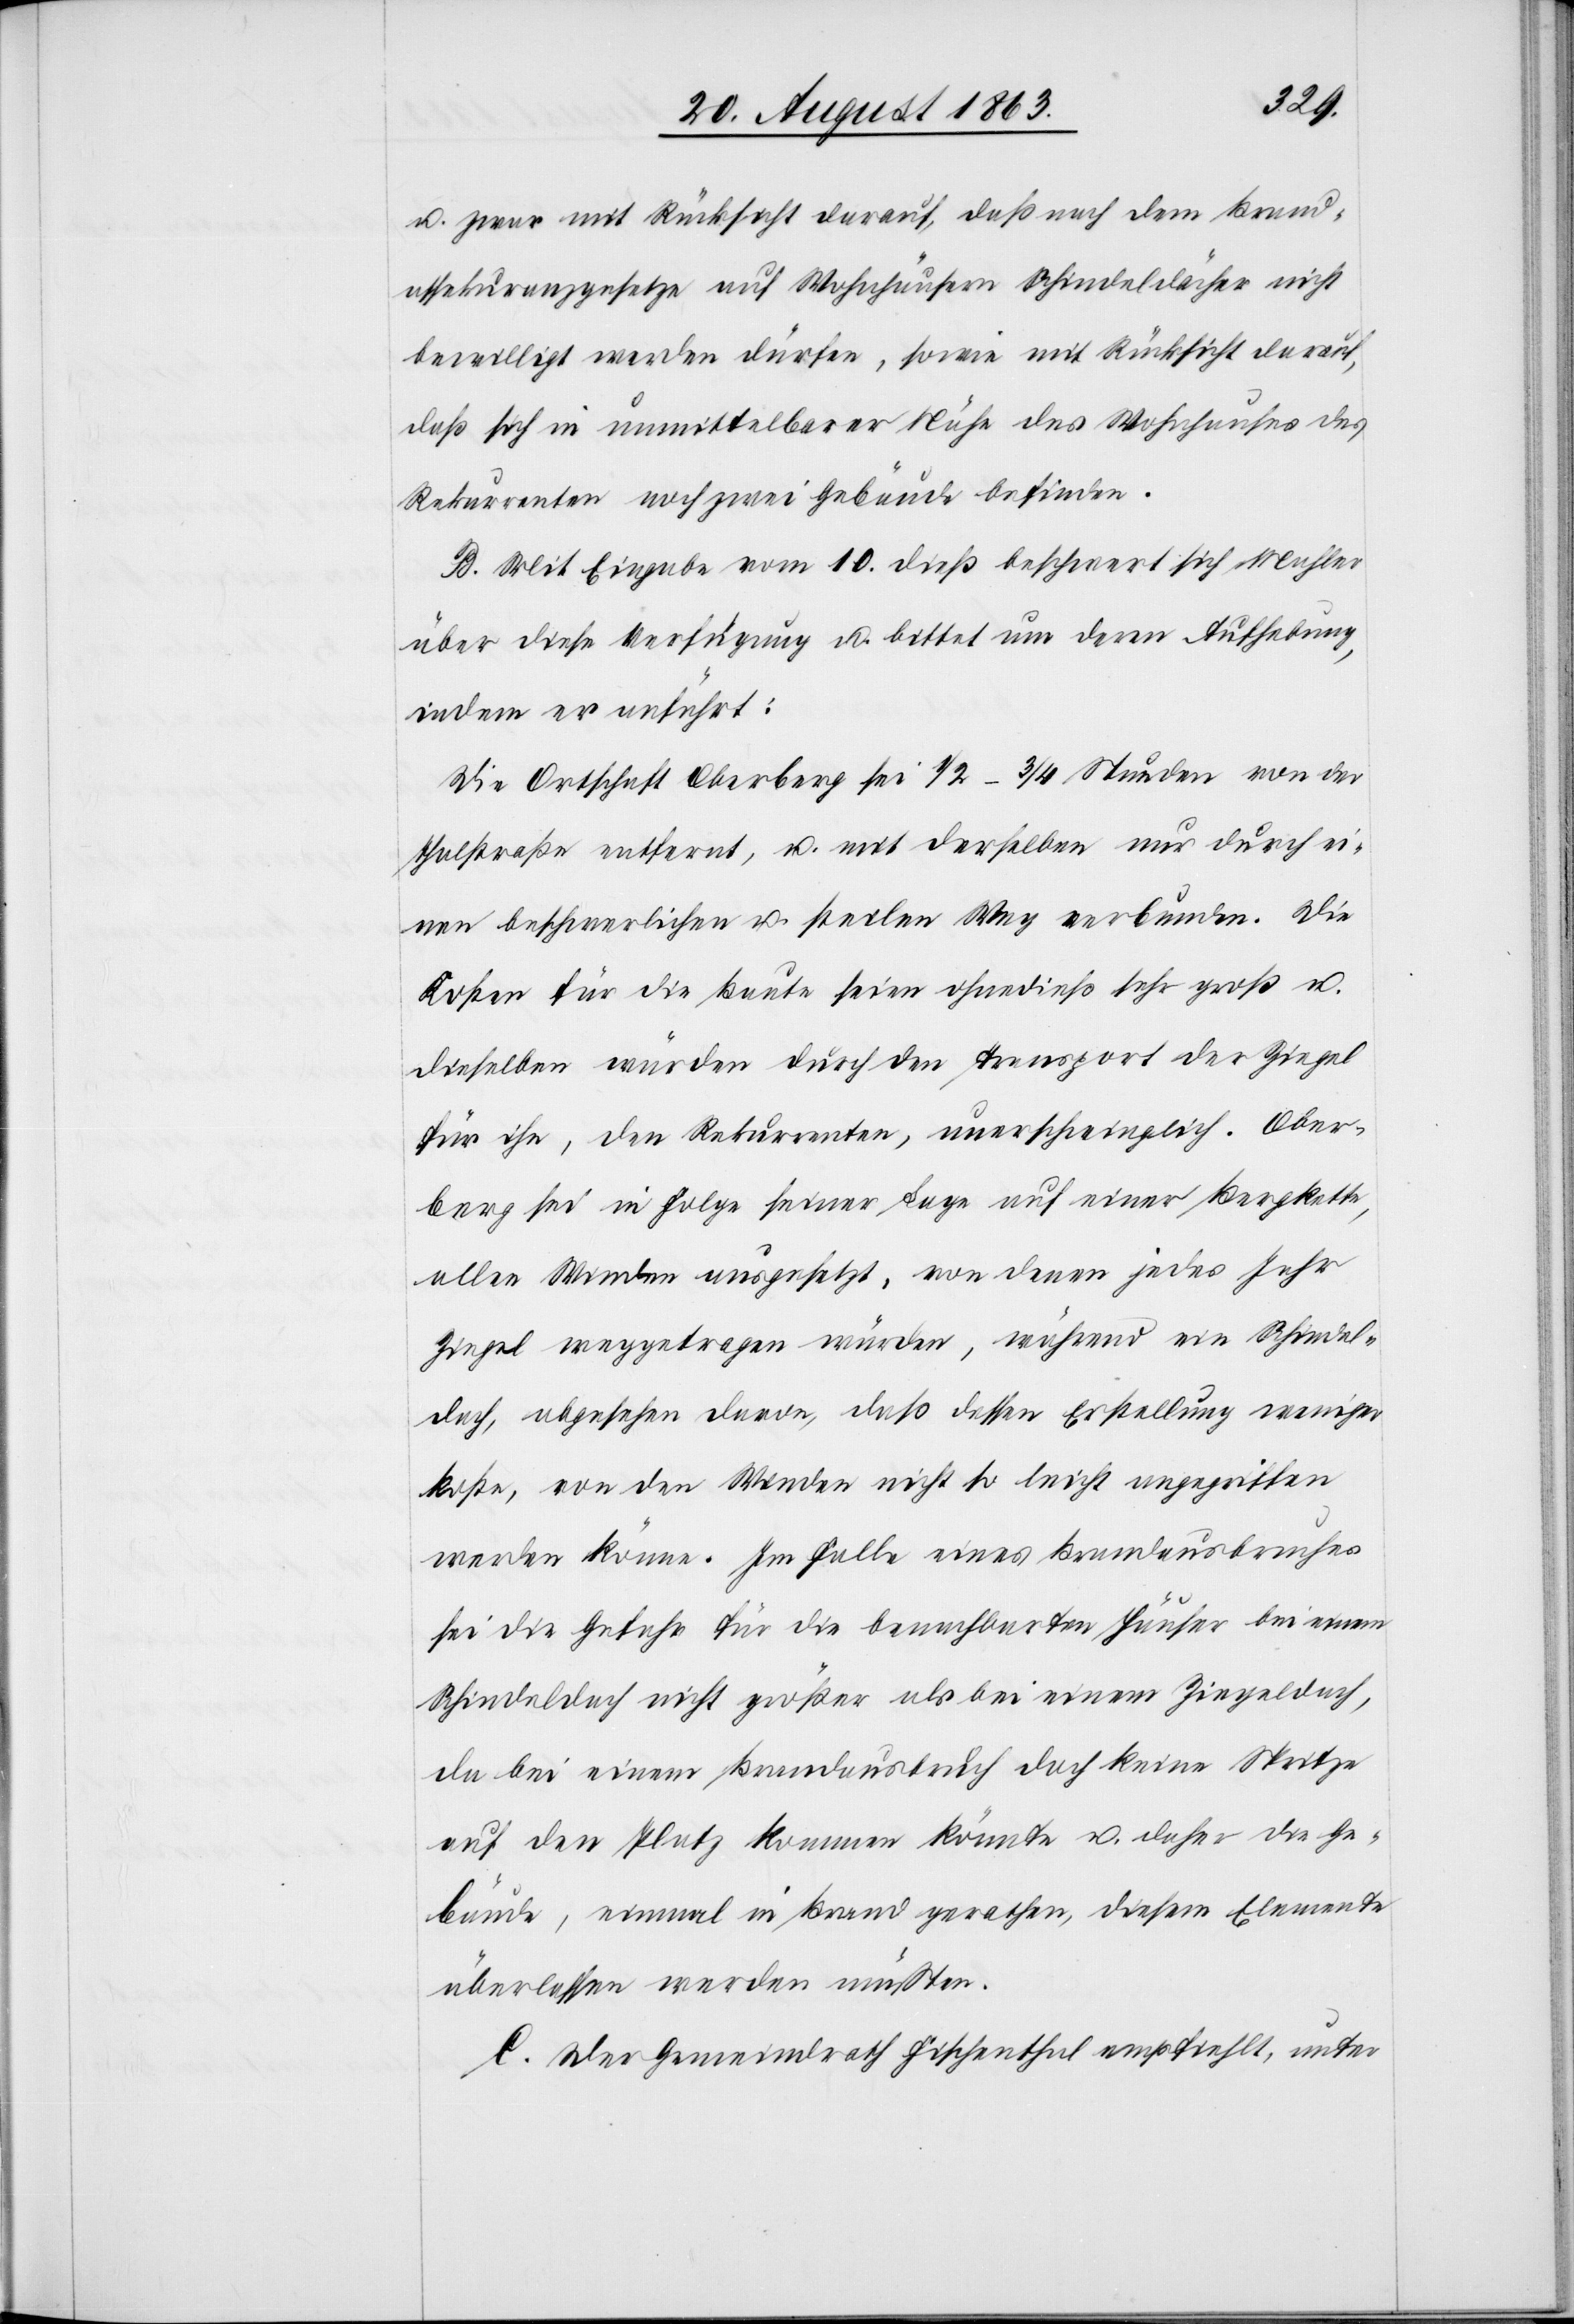
u. zwar mit Rücksicht darauf, daß nach dem Brand¬
assekuranzgesetze auf Wohnhäusern Schindeldächer nicht
bewilligt werden dürfen, sowie mit Rücksicht darauf,
daß sich in unmittelbarer Nähe des Wohnhauses des
Rekurrenten noch zwei Gebäude befinden.
B. Mit Eingabe vom 10. dieß beschwert sich Mahler
über diese Verfügung u. bittet um deren Aufhebung,
indem er anführt:
Die Ortschaft Oberberg sei 1/2–3/4 Stunden von der
Thalstraße entfernt, u. mit derselben nur durch ei¬
nen beschwerlichen u. steilen Weg verbunden. Die
Kosten für die Baute seien ohnedieß sehr groß u.
dieselben würden durch den Transport der Ziegel
für ihn, den Rekurrenten, unerschwinglich. Ober¬
berg sei in Folge seiner Lage auf einer Bergkette,
allen Winden ausgesetzt, von denen jedes Jahr
Ziegel weggetragen würden, während ein Schindel¬
dach, abgesehen davon, daß dessen Erstellung weniger
koste, von den Winden nicht so leicht angegriffen
werden könne. Im Falle eines Brandausbruches
sei die Gefahr für die benachbarten Häuser bei einem
Schindeldach nicht größer als bei einem Ziegeldach,
da bei einem Brandausbruch doch keine Spritze
auf den Platz kommen könnte u. daher die Ge¬
bäude, einmal in Brand gerathen, diesem Elemente
überlassen werden müßten.
C. Der Gemeindrath Fischenthal empfiehlt, unter